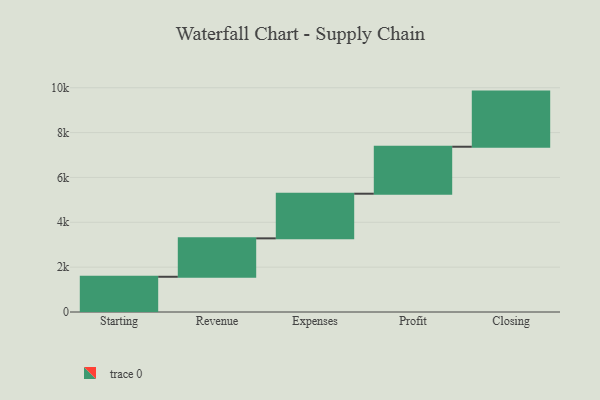
{"axis": {"x": "Step", "y": "Value"}, "legend": [""], "data": [{"x": "Starting", "y": 1571.0, "type": ""}, {"x": "Revenue", "y": 1713.0, "type": ""}, {"x": "Expenses", "y": 1990.0, "type": ""}, {"x": "Profit", "y": 2095.0, "type": ""}, {"x": "Closing", "y": 2458.0, "type": ""}]}